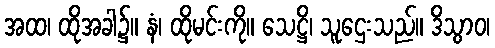
အထ၊ ထိုအခါ၌။ နံ၊ ထိုမင်းကို။ သေဋ္ဌိ၊ သူဌေးသည်။ ဒိသွာဝ၊